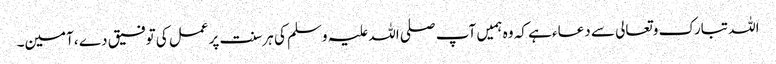
اللہ تبارک وتعالی سے دعاء ہے کہ وہ ہمیں آپ صلی اللہ علیہ وسلم کی ہرسنت پرعمل کی توفیق دے ،آمین۔